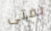
بفتى